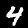
Label: 4